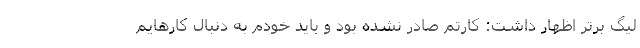
لیگ برتر اظهار داشت: کارتم صادر نشده بود و باید خودم به دنبال کارهایم